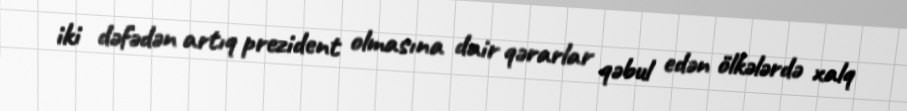
iki dəfədən artıq prezident olmasına dair qərarlar qəbul edən ölkələrdə xalq